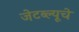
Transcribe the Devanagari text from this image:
जेटब्ल्यूचे